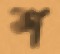
শ